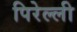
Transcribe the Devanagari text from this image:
पिरेल्ली